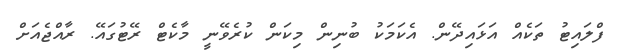
ފްލައިޓު ތަކެއް އަޅައިދޭން. އެކަމަކު ބުނިން މިކަން ކުރެވޭނީ މާކެޓް ރޭޓުގައޭ. ރާއްޖެއަށް